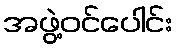
အဖွဲ့ဝင်ပေါင်း